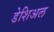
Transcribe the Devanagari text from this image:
डेशिअल